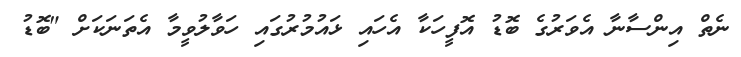
ނެތް އިންސާނާ އެވަރުގެ ބޮޑު އޮފީހަކާ އެހައި ޅައުމުރުގައި ހަވާލުވީމާ އެތަނަކަށް "ބޮޑު